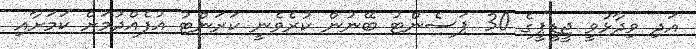
އަދި ވިދާޅުވީ ޖީޑީޕީގެ 30 ޕަސެންޓު ބޭނުން ކުރެވެނީ ކަރަންޓު އުފެއްދުމަށް ކަަމަށާއި